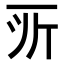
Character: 𫝂